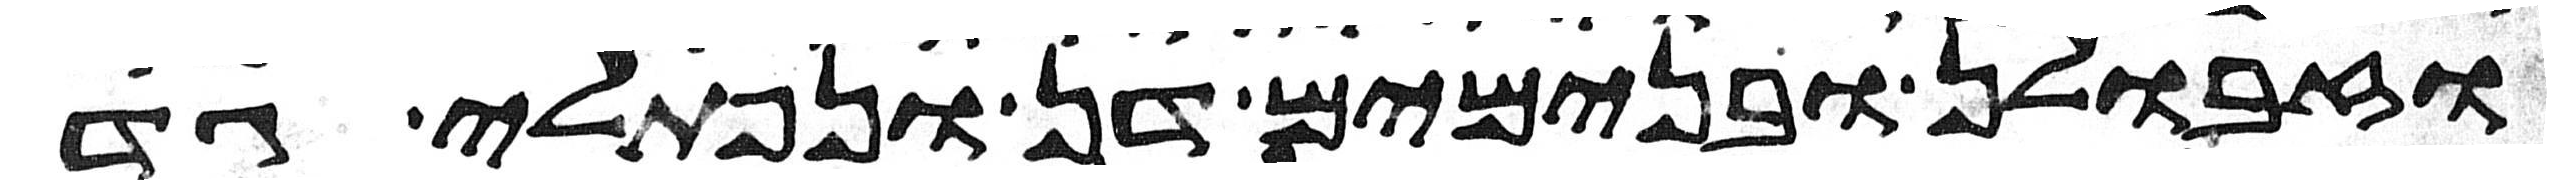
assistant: וזבולן ובנימים דן ונפתלי גד